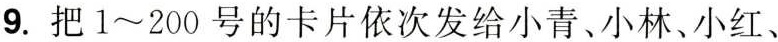
9.把1~200号的卡片依次发给小青、小林、小红、